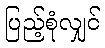
ပြည့်စုံလျှင်